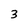
Character: 3